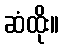
ဆံထိုး။